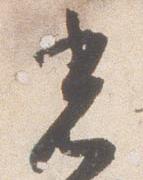
光